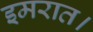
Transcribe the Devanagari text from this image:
इमरात।